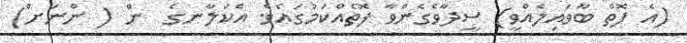
(އެ ފޮތް ބާވައިލެއްވީ) ސީދާވެގެންވާ ފޮތެއްކަމުގައެވެ. އެކަލާނގެ  ން ( ންނަށް)